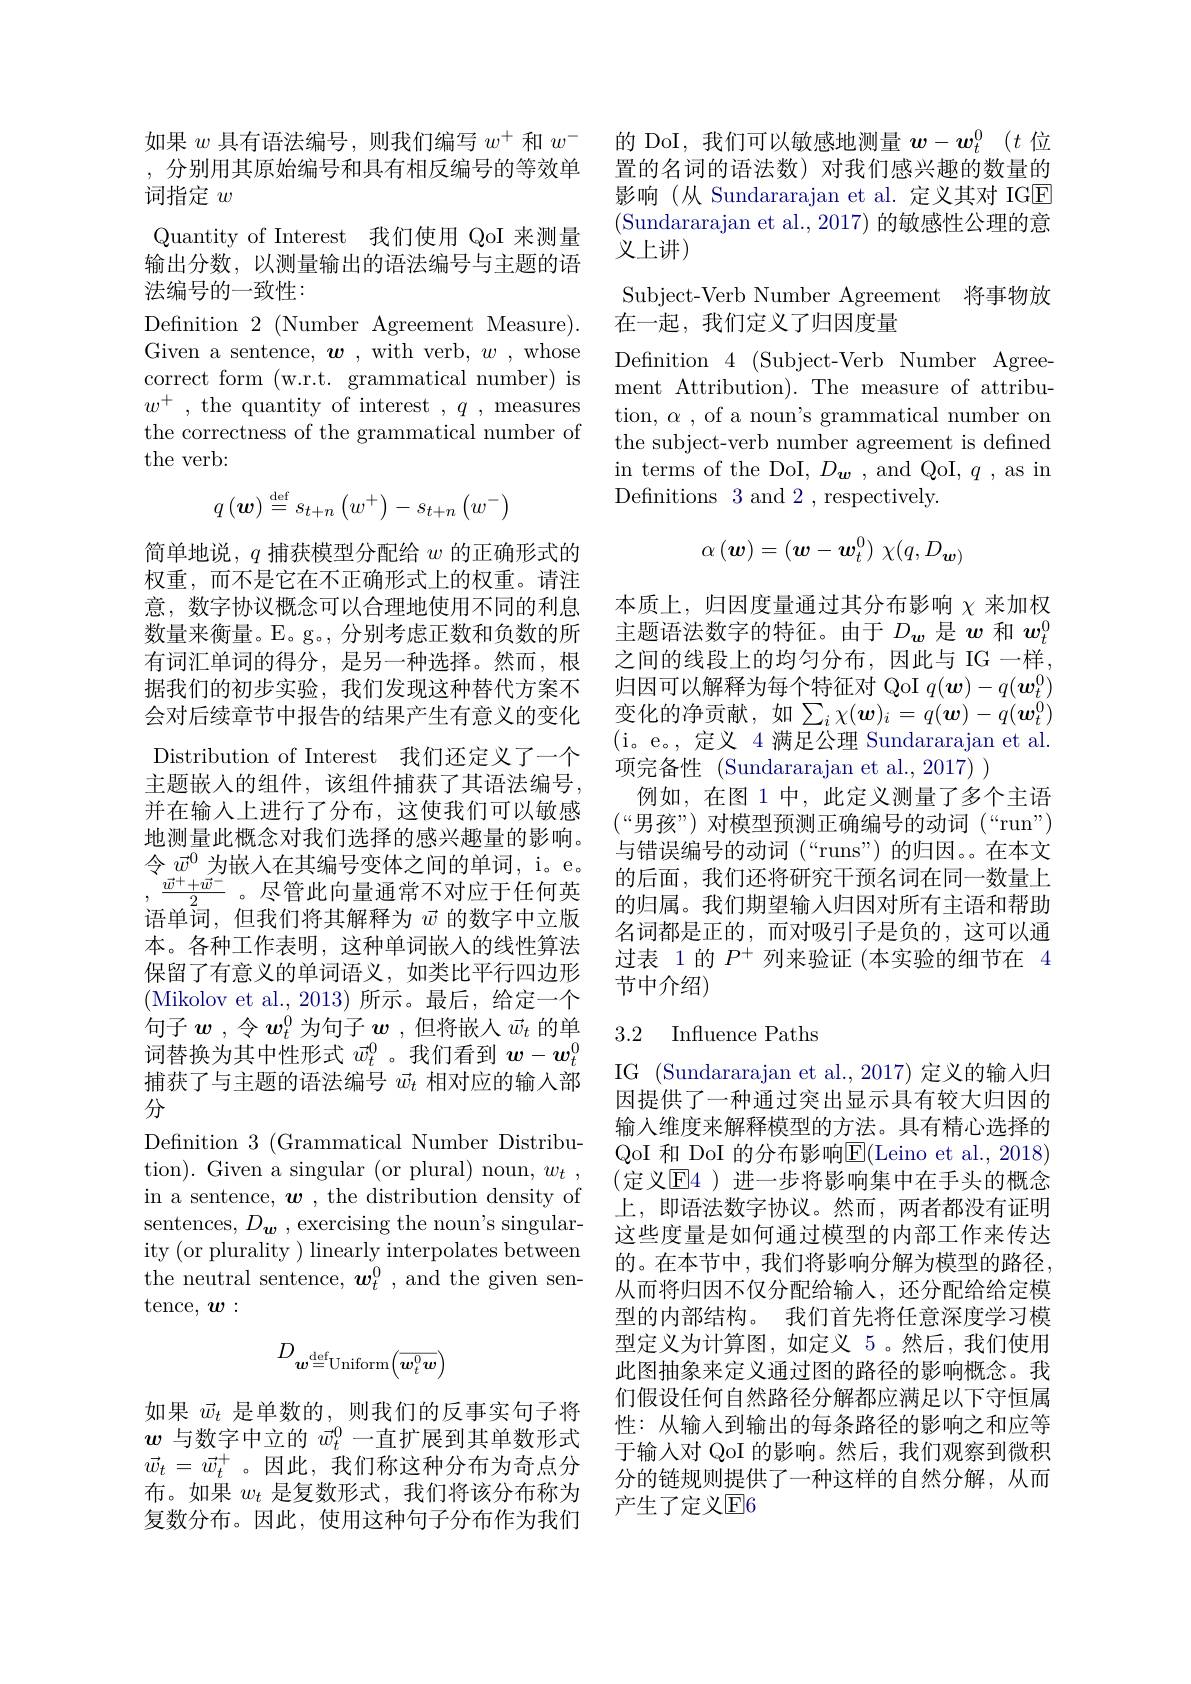
如果$w$具有语法编号，则我们编写$w^+$和$w^-$ ,分别用其原始编号和具有相反编号的等效单词指定$w$
Quantity of Interest 我们使用 QoI 来测量输出分数，以测量输出的语法编号与主题的语法编号的一致性：
Definition $2\allowbreak ( {\mathrm{mod}} $Number Agreement Measure). Given a sentence, $\boldsymbol{w}$, with verb, $w$, whose correct form (w.r.t. grammatical number) is $w^+$ , the quantity of interest $,q$ measures the correctness of the grammatical number of the verb:
$$q\left(\boldsymbol{w}\right)\stackrel{\mathrm{def}}{=}s_{t+n}\left(w^{+}\right)-s_{t+n}\left(w^{-}\right)$$
简单地说，$q$捕获模型分配给$w$的正确形式的权重，而不是它在不正确形式上的权重。请注意，数字协议概念可以合理地使用不同的利息数量来衡量。E。g。, 分别考虑正数和负数的所有词汇单词的得分，是另一种选择。然而，根据我们的初步实验，我们发现这种替代方案不会对后续章节中报告的结果产生有意义的变化Distribution of Interest 我们还定义了一个主题嵌入的组件，该组件捕获了其语法编号， 并在输入上进行了分布，这使我们可以敏感地测量此概念对我们选择的感兴趣量的影响。令$\vec{w}^0$为嵌入在其编号变体之间的单词，i。e。$,\frac{\vec{w}^++\vec{w}^-}2$。尽管此向量通常不对应于任何英语单词，但我们将其解释为$\vec{w}$的数字中立版本。各种工作表明，这种单词嵌入的线性算法保留了有意义的单词语义，如类比平行四边形(Mikolov et al.,2013)所示。最后，给定一个句子$\boldsymbol{w}$ ,令$\boldsymbol w_t^0$为句子$\boldsymbol w$ ,但将嵌入$\vec{w}_t$的单词替换为其中性形式$\vec{w}_t^0$ 。我们看到$\boldsymbol w-\boldsymbol w_t^0$ 捕获了与主题的语法编号$\vec{w}_t$相对应的输入部分
Definition $3\allowbreak ( {\mathrm{mod}} $Grammatical Number Distribu- ) tion). Given a singular (or plural) noun, $w_t$ , in a sentence, $\boldsymbol{w}$, the distribution density of sentences, $D_{\boldsymbol{w}}$ , exercising the noun's singularity (or plurality ) linearly interpolates between the neutral sentence, $\boldsymbol w_t^0$, and the given sen- $\operatorname{tence,}w:$
$$D_{\boldsymbol{w}\stackrel{\mathrm{def}}{=}\mathrm{Uniform}\left(\overline{{\boldsymbol{w}_{t}^{0}\boldsymbol{w}}}\right)}$$
如果$\vec{w}_t$是单数的，则我们的反事实句子将$w$与数字中立的$\vec{w}_t^0$一直扩展到其单数形式$\vec{w} _t$ = $\vec{w} _t^+$ $。因 此 $, 我们称这种分布为奇点分布。如果$w_t$是复数形式，我们将该分布称为复数分布。因此，使用这种句子分布作为我们

的 DoI, 我们可以敏感地测量$w- \boldsymbol{w}_t^0$ $( t$位置的名词的语法数)对我们感兴趣的数量的影响(从 Sundararajan et al. 定义其对 IGE (Sundararajan et al., 2017) 的敏感性公理的意义上讲)
Subject-Verb Number Agreement 将事物放
在一起，我们定义了归因度量
Definition 4 (Subject-Verb Number Agreement Attribution). The measure of attribution, $\alpha$ , of a noun's grammatical number on the subject-verb number agreement is defined in terms of the DoI, $D_{\boldsymbol{w}}$ , and QoI, $q$ , as in Definitions 3 and 2,respectively.
$$\alpha\left(\boldsymbol{w}\right)=(\boldsymbol{w}-\boldsymbol{w}_t^0)\:\chi(q,D_{\boldsymbol{w})}$$
本质上，归因度量通过其分布影响$\chi$来加权主题语法数字的特征。由于$D_{\boldsymbol{w}}$是$\boldsymbol w$和$\boldsymbol w_t^0$ 之间的线段上的均匀分布，因此与 IG 一样， 归因可以解释为每个特征对 QoI $q(\boldsymbol{w})-q(\boldsymbol{w}_t^0)$ 变化的净贡献，如$\sum_i\chi(\boldsymbol{w})_i=q(\boldsymbol{w})-q(\boldsymbol{w}_t^0)$ (i。e。,定义 4 满足公理 Sundararajan et al. 项完备性 (Sundararajan et al., 2017) )
例如，在图 1 中，此定义测量了多个主语$(“男孩”)$对模型预测正确编号的动词 (“run”) 与错误编号的动词 (“runs”)的归因。。在本文的后面，我们还将研究干预名词在同一数量上的归属。我们期望输人归因对所有主语和帮助名词都是正的，而对吸引子是负的，这可以通过表 1 的$P^+$列来验证 (本实验的细节在 4节中介绍)

### 3.2 Influence Paths

IG (Sundararajan et al., 2017) 定义的输入归因提供了一种通过突出显示具有较大归因的输入维度来解释模型的方法。具有精心选择的QoI 和 DoI 的分布影响E(Leino et al., 2018) (定义$\overline{\mathrm{E}}4$ )进一步将影响集中在手头的概念上，即语法数字协议。然而，两者都没有证明这些度量是如何通过模型的内部工作来传达的。在本节中，我们将影响分解为模型的路径， 从而将归因不仅分配给输入，还分配给给定模型的内部结构。我们首先将任意深度学习模型定义为计算图，如定义 5。然后，我们使用此图抽象来定义通过图的路径的影响概念。我们假设任何自然路径分解都应满足以下守恒属性：从输入到输出的每条路径的影响之和应等于输入对 QoI 的影响。然后，我们观察到微积分的链规则提供了一种这样的自然分解，从而产生了定义$\mathbb{E}6$